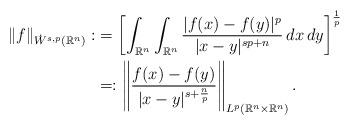
LaTeX: \begin{align*}\|f\|_{\dot{W}^{s,p}(\mathbb{R}^n)}:&=\left[\int_{\mathbb{R}^n}\int_{\mathbb{R}^n}\frac{|f(x)-f(y)|^p}{|x-y|^{sp+n}}\,dx\,dy\right]^{\frac{1}{p}}\\&=:\left\|\frac{f(x)-f(y)}{|x-y|^{s+\frac{n}{p}}}\right\|_{L^p(\mathbb{R}^n\times\mathbb{R}^n)}.\end{align*}